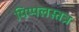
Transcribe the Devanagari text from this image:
पिप्पलस्तत्र